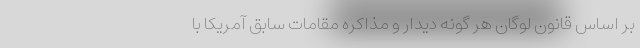
بر اساس قانون لوگان هر گونه دیدار و مذاکره مقامات سابق آمریکا با